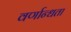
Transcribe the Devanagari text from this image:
वर्णान्धता